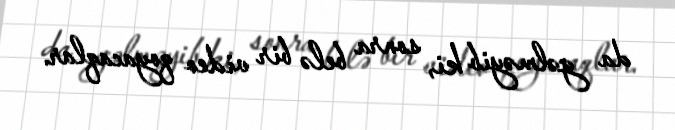
da gəlməyib ki, sonra belə bir video qoyacaqlar.